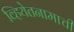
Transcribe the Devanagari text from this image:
व्हियेतनामाची